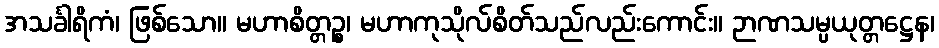
အသင်္ခါရိကံ၊ ဖြစ်သော။ မဟာစိတ္တဉ္စ၊ မဟာကုသိုလ်စိတ်သည်လည်းကောင်း။ ဉာဏသမ္ပယုတ္တဋ္ဌေန၊